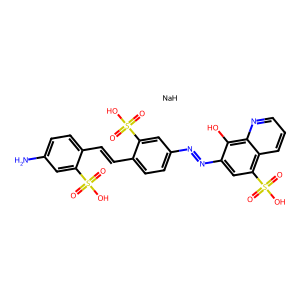
SMILES: Nc1ccc(C=Cc2ccc(N=Nc3cc(S(=O)(=O)O)c4cccnc4c3O)cc2S(=O)(=O)O)c(S(=O)(=O)O)c1.[NaH]
Inhibits HIV replication: Yes